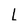
Character: L